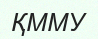
ҚММУ